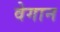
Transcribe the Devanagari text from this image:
वेगान